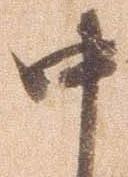
中